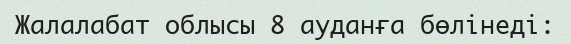
Жалалабат облысы 8 ауданға бөлінеді: